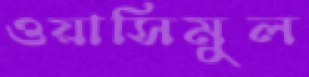
ওয়াসিমুল